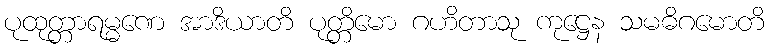
ပုထုတ္တာရမ္မဏေ အာဒိယာတိ ပုတ္တိမော ဂဟိတာသု ကုဋ္ဌေန သမဓိဂမောတိ